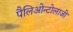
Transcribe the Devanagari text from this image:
पैलिओन्टोलाजी